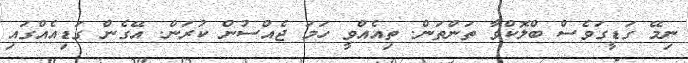
ނިމޭ ގަޑީގަވެސް ބްލޮކްވާ ތަންތަން. ތިއެއްވީ ހަމަ ޖެއްސުން ކުރަން. އޭގެން ގަޑިއެއްގައި